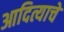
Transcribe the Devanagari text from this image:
आदित्याचे